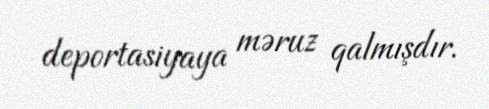
deportasiyaya məruz qalmışdır.